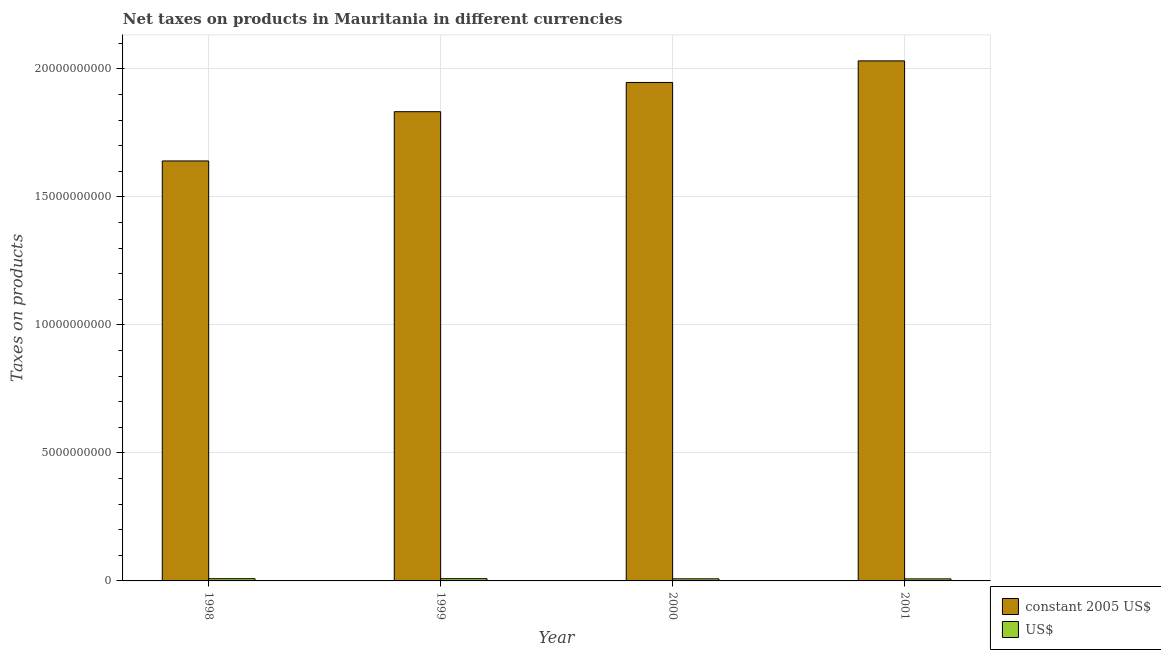
| Year | constant 2005 US$ | US$ |
 | --- | --- | --- |
 | 1998 | 1.64e+10 | 8.7e+07 |
 | 1999 | 1.83e+10 | 8.75e+07 |
 | 2000 | 1.95e+10 | 8.15e+07 |
 | 2001 | 2.03e+10 | 7.95e+07 |